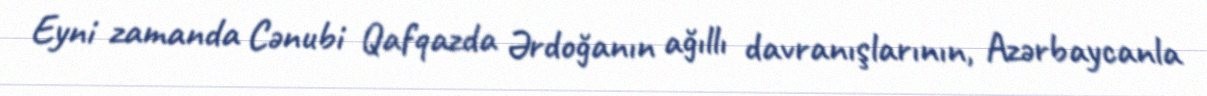
Eyni zamanda Cənubi Qafqazda Ərdoğanın ağıllı davranışlarının, Azərbaycanla